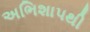
અભિશાપથી